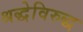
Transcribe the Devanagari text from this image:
श्रद्धेविरुद्ध